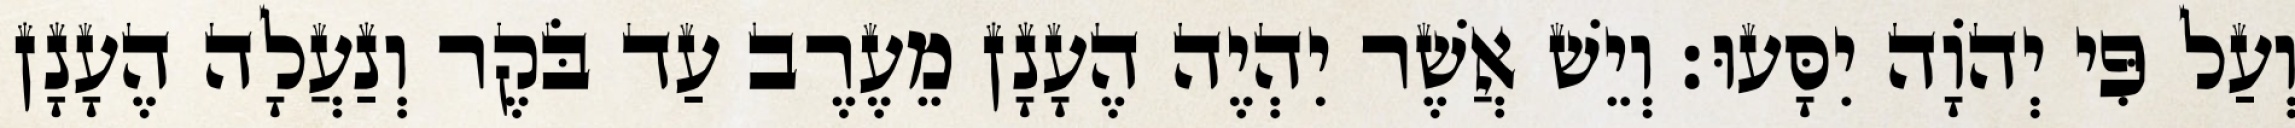
וְעַל פִּי יְהוָֹה יִסָּעוּ׃ וְיֵשׁ אֲשֶׁר יִהְיֶה הֶעָנָן מֵעֶרֶב עַד בֹּקֶר וְנַעֲלָה הֶעָנָן